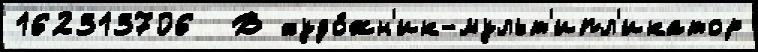
162313706  В худо́жн'ик-мульт'ипл'икатор